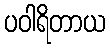
ပဝါရိတာယ